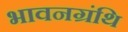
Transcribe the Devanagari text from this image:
भावनग्रंथि